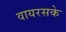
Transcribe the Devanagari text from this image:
वायरसके